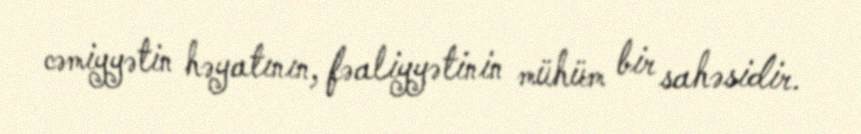
cəmiyyətin həyatının, fəaliyyətinin mühüm bir sahəsidir.